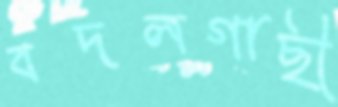
বদলগাছী